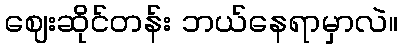
ဈေးဆိုင်တန်း ဘယ်နေရာမှာလဲ။